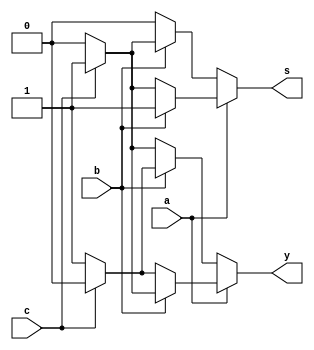
`timescale 1ns / 1ps

module adder(a,b,c,y,s);
input a,b,c;
output reg y,s;
always @ (a or b or c) begin
   if (a == 1'b1) begin
   		if(b == 1'b1) begin
   			if(c == 1'b1)begin
   				y=1'b1;
   				s=1'b1;
   			end
   			else begin
   				y=1'b0;
   				s=1'b1;
   			end	
   		end
   		else begin
   			if(c == 1'b1)begin
   				y=1'b0;
   				s=1'b1;
   			end
   			else begin
   				y=1'b1;
   				s=1'b0;
   			end	
   		end
       		
    end
   else begin
   		if(b == 1'b1) begin
   			if(c == 1'b1)begin
   				y=1'b0;
   				s=1'b1;
   			end
   			else begin
   				y=1'b1;
   				s=1'b0;
   			end	
   		end
   		else begin
   			if(c == 1'b1)begin
   				y=1'b1;
   				s=1'b0;
   			end
   			else begin
   				y=1'b0;
   				s=1'b0;
   			end	
   		end
       		
    end 
        
end
endmodule

module bitadder(a,b,y);
	input [63:0] a,b;
	output [63:0] y; 
	wire s0,s1,s2,s3,s4,s5,s6,s7,s8,s9,s10,s11,s12,s13,s14,s15,s16,s17,s18,s19,s20,s21,s22,s23,s24,s25,s26,s27,s28,s29,s30,s31,s32,s33,s34,s35,s36,s37,s38,s39,s40,s41,s42,s43,s44,s45,s46,s47,s48,s49,s50,s51,s52,s53,s54,s55,s56,s57,s58,s59,s60,s61,s62,s63,s64;
	
		
			adder f0(a[0],b[0],s0,y[0],s1);
			adder f1(a[1],b[1],s1,y[1],s2);
			adder f2(a[2],b[2],s2,y[2],s3);
			adder f3(a[3],b[3],s3,y[3],s4);
			adder f4(a[4],b[4],s4,y[4],s5);
			adder f5(a[5],b[5],s5,y[5],s6);
			adder f6(a[6],b[6],s6,y[6],s7);
			adder f7(a[7],b[7],s7,y[7],s8);
			adder f8(a[8],b[8],s8,y[8],s9);
			adder f9(a[9],b[9],s9,y[9],s10);
			adder f10(a[10],b[10],s10,y[10],s11);
			adder f11(a[11],b[11],s11,y[11],s12);
			adder f12(a[12],b[12],s12,y[12],s13);
			adder f13(a[13],b[13],s13,y[13],s14);
			adder f14(a[14],b[14],s14,y[14],s15);
			adder f15(a[15],b[15],s15,y[15],s16);
			adder f16(a[16],b[16],s16,y[16],s17);
			adder f17(a[17],b[17],s17,y[17],s18);
			adder f18(a[18],b[18],s18,y[18],s19);
			adder f19(a[19],b[19],s19,y[19],s20);
			adder f20(a[20],b[20],s20,y[20],s21);
			adder f21(a[21],b[21],s21,y[21],s22);
			adder f22(a[22],b[22],s22,y[22],s23);
			adder f23(a[23],b[23],s23,y[23],s24);
			adder f24(a[24],b[24],s24,y[24],s25);
			adder f25(a[25],b[25],s25,y[25],s26);
			adder f26(a[26],b[26],s26,y[26],s27);
			adder f27(a[27],b[27],s27,y[27],s28);
			adder f28(a[28],b[28],s28,y[28],s29);
			adder f29(a[29],b[29],s29,y[29],s30);
			adder f30(a[30],b[30],s30,y[30],s31);
			adder f31(a[31],b[31],s31,y[31],s32);
            adder f32(a[32],b[32],s32,y[32],s33);
            adder f33(a[33],b[33],s33,y[33],s34);
			adder f34(a[34],b[34],s34,y[34],s35);
            adder f35(a[35],b[35],s35,y[35],s36);
            adder f36(a[36],b[36],s36,y[36],s37);
            adder f37(a[37],b[37],s37,y[37],s38);
            adder f38(a[38],b[38],s38,y[38],s39);
            adder f39(a[39],b[39],s39,y[39],s40);
            adder f40(a[40],b[40],s40,y[40],s41);
            adder f41(a[41],b[41],s41,y[41],s42);
            adder f42(a[42],b[42],s42,y[42],s43);
            adder f43(a[43],b[43],s43,y[43],s44);
            adder f44(a[44],b[44],s44,y[44],s45);
            adder f45(a[45],b[45],s45,y[45],s46);
            adder f46(a[46],b[46],s46,y[46],s47);
            adder f47(a[47],b[47],s47,y[47],s48);
            adder f48(a[48],b[48],s48,y[48],s49);
            adder f49(a[49],b[49],s49,y[49],s50);
            adder f50(a[50],b[50],s50,y[50],s51);
            adder f51(a[51],b[51],s51,y[51],s52);
            adder f52(a[52],b[52],s52,y[52],s53);
            adder f53(a[53],b[53],s53,y[53],s54);
            adder f54(a[54],b[54],s54,y[54],s55);
            adder f55(a[55],b[55],s55,y[55],s56);
            adder f56(a[56],b[56],s56,y[56],s57);
            adder f57(a[57],b[57],s57,y[57],s58);
            adder f58(a[58],b[58],s58,y[58],s59);
            adder f59(a[59],b[59],s59,y[59],s60);
            adder f60(a[60],b[60],s60,y[60],s61);
            adder f61(a[61],b[61],s61,y[61],s62);
            adder f62(a[62],b[62],s62,y[62],s63);
            adder f63(a[63],b[63],s63,y[63],s64);

endmodule